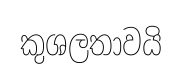
කුශලතාවයි